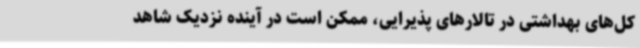
کل‌های بهداشتی در تالارهای پذیرایی، ممکن است در آینده نزدیک شاهد